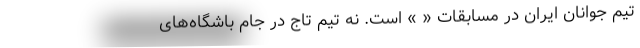
تیم جوانان ایران در مسابقات « » است. نه تیم تاج در جام باشگاه‌های